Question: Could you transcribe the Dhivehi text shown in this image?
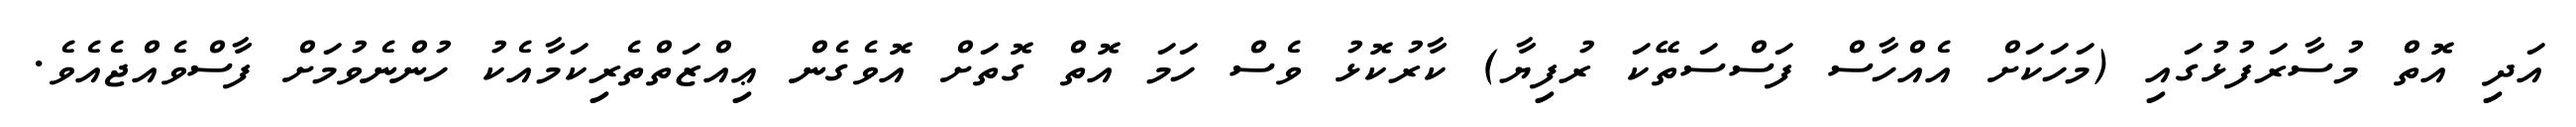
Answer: އަދި އޮތް މުސާރަފުޅުގައި (މަހަކަށް އެއްހާސް ފަސްސަތޭކަ ރުފިޔާ) ކާރުކޮޅު ވެސް ހަމަ އޮތް ގޮތަށް އޮވެގެން ޢިއްޒަތްތެރިކަމާއެކު ހުންނެވުމަށް ފާސްވެއްޖެއެވެ.